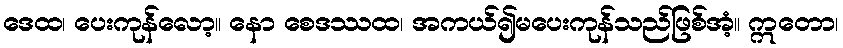
ဒေထ၊ ပေးကုန်လော့။ နော စေဒဿထ၊ အကယ်၍မပေးကုန်သည်ဖြစ်အံ့။ ဣတော၊